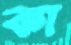
কা